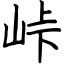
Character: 垰